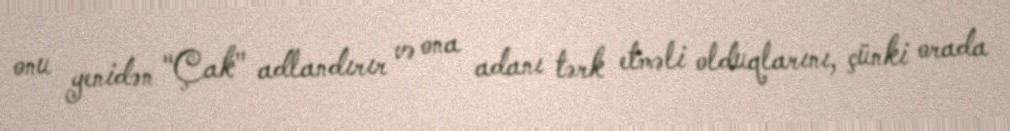
onu yenidən "Çak" adlandırır və ona adanı tərk etməli olduqlarını, çünki orada